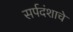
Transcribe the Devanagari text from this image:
सर्पदंशाचे